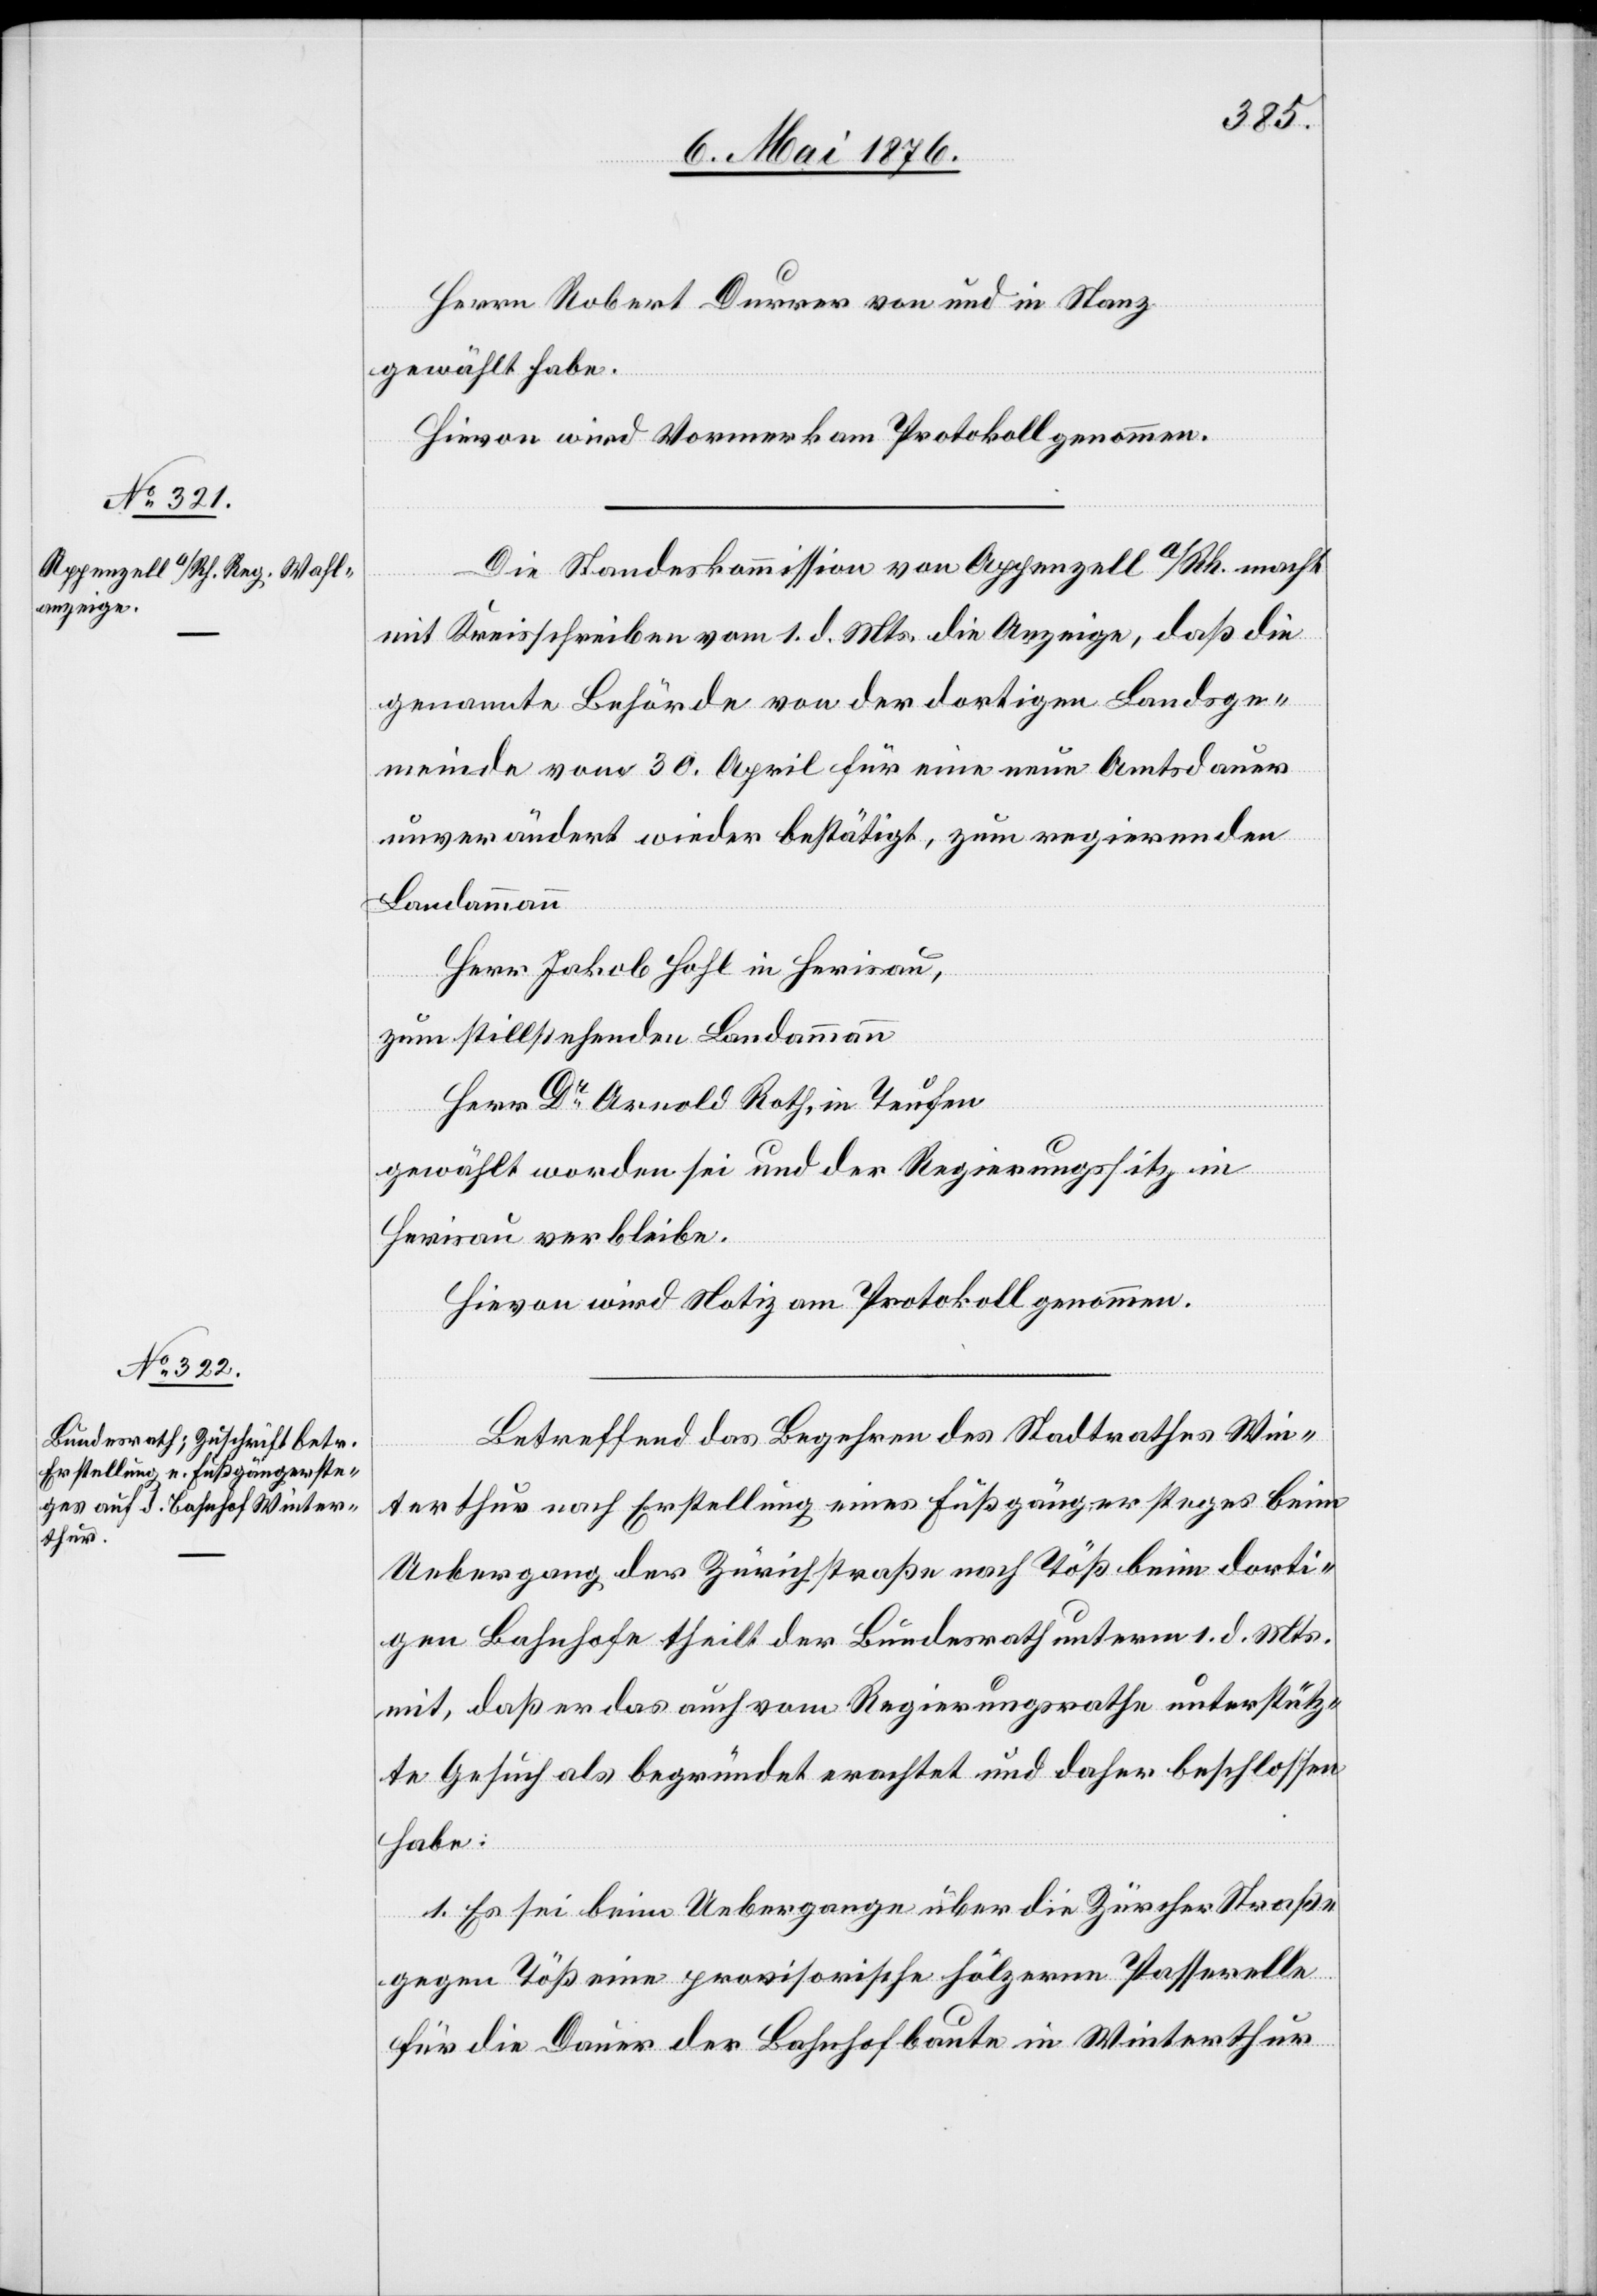
Herrn Robert Durrer von und in Stanz
gewählt habe.
Hievon wird Vormerk am Protokoll genommen.
Die Standeskommission von Appenzell a/Rh. macht
mit Kreisschreiben vom 1. d. Mts. die Anzeige, daß die
genannte Behörde von der dortigen Landsge¬
meinde vom 30. April für eine neue Amtsdauer
unverändert wieder bestätigt, zum regierenden
Landammann
Herr Jakob Hohl in Herisau,
zum stillstehenden Landammann
Herr Dr Arnold Roth, in Teufen
gewählt worden sei und der Regierungssitz in
Herisau verbleibe.
Hievon wird Notiz am Protokoll genommen.
Betreffend das Begehren des Stadtrathes Win¬
terthur nach Erstellung eines Fußgängersteges beim
Uebergang der Zürichstraße nach Töß beim dorti¬
gen Bahnhofe theilt der Bundesrath unterm 1. d. Mts.
mit, daß er das auch vom Regierungsrathe unterstütz¬
te Gesuch als begründet erachtet und daher beschlossen
habe:
1. Es sei beim Uebergange über die Zürcher Straße
gegen Töß eine provisorische hölzerne Passerelle
für die Dauer der Bahnhofbaute in Winterthur